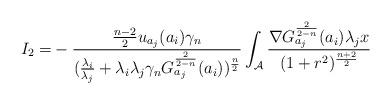
LaTeX: \begin{align*} I_{2} = & - \frac {\frac{n-2}{2}u_{ a _{j}}( a _{i})\gamma_{n}} {(\frac{\lambda_{i} }{ \lambda_{j} } + \lambda_{i}\lambda_{j} \gamma_{n}G_{ a _{j}}^{\frac{2}{2-n}}( a _{i}) )^{\frac{n}{2}} }\int_{\mathcal{A}} \frac{\nabla G^{\frac{2}{2-n}}_{ a _{j}}( a _{i})\lambda_{j}x}{(1+r^{2})^{\frac{n+2}{2}}} \end{align*}